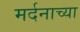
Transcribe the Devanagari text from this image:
मर्दनाच्या